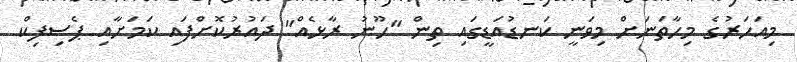
މިއަހަރުގެ މިހާތަނަށް މިވަނީ ކަނޑުއަޑީގައި ތިން "ހޫނު ރާޅެއް" ދައުރުކޮށްފައި ކަމަށާއި ޕެސިފިކް